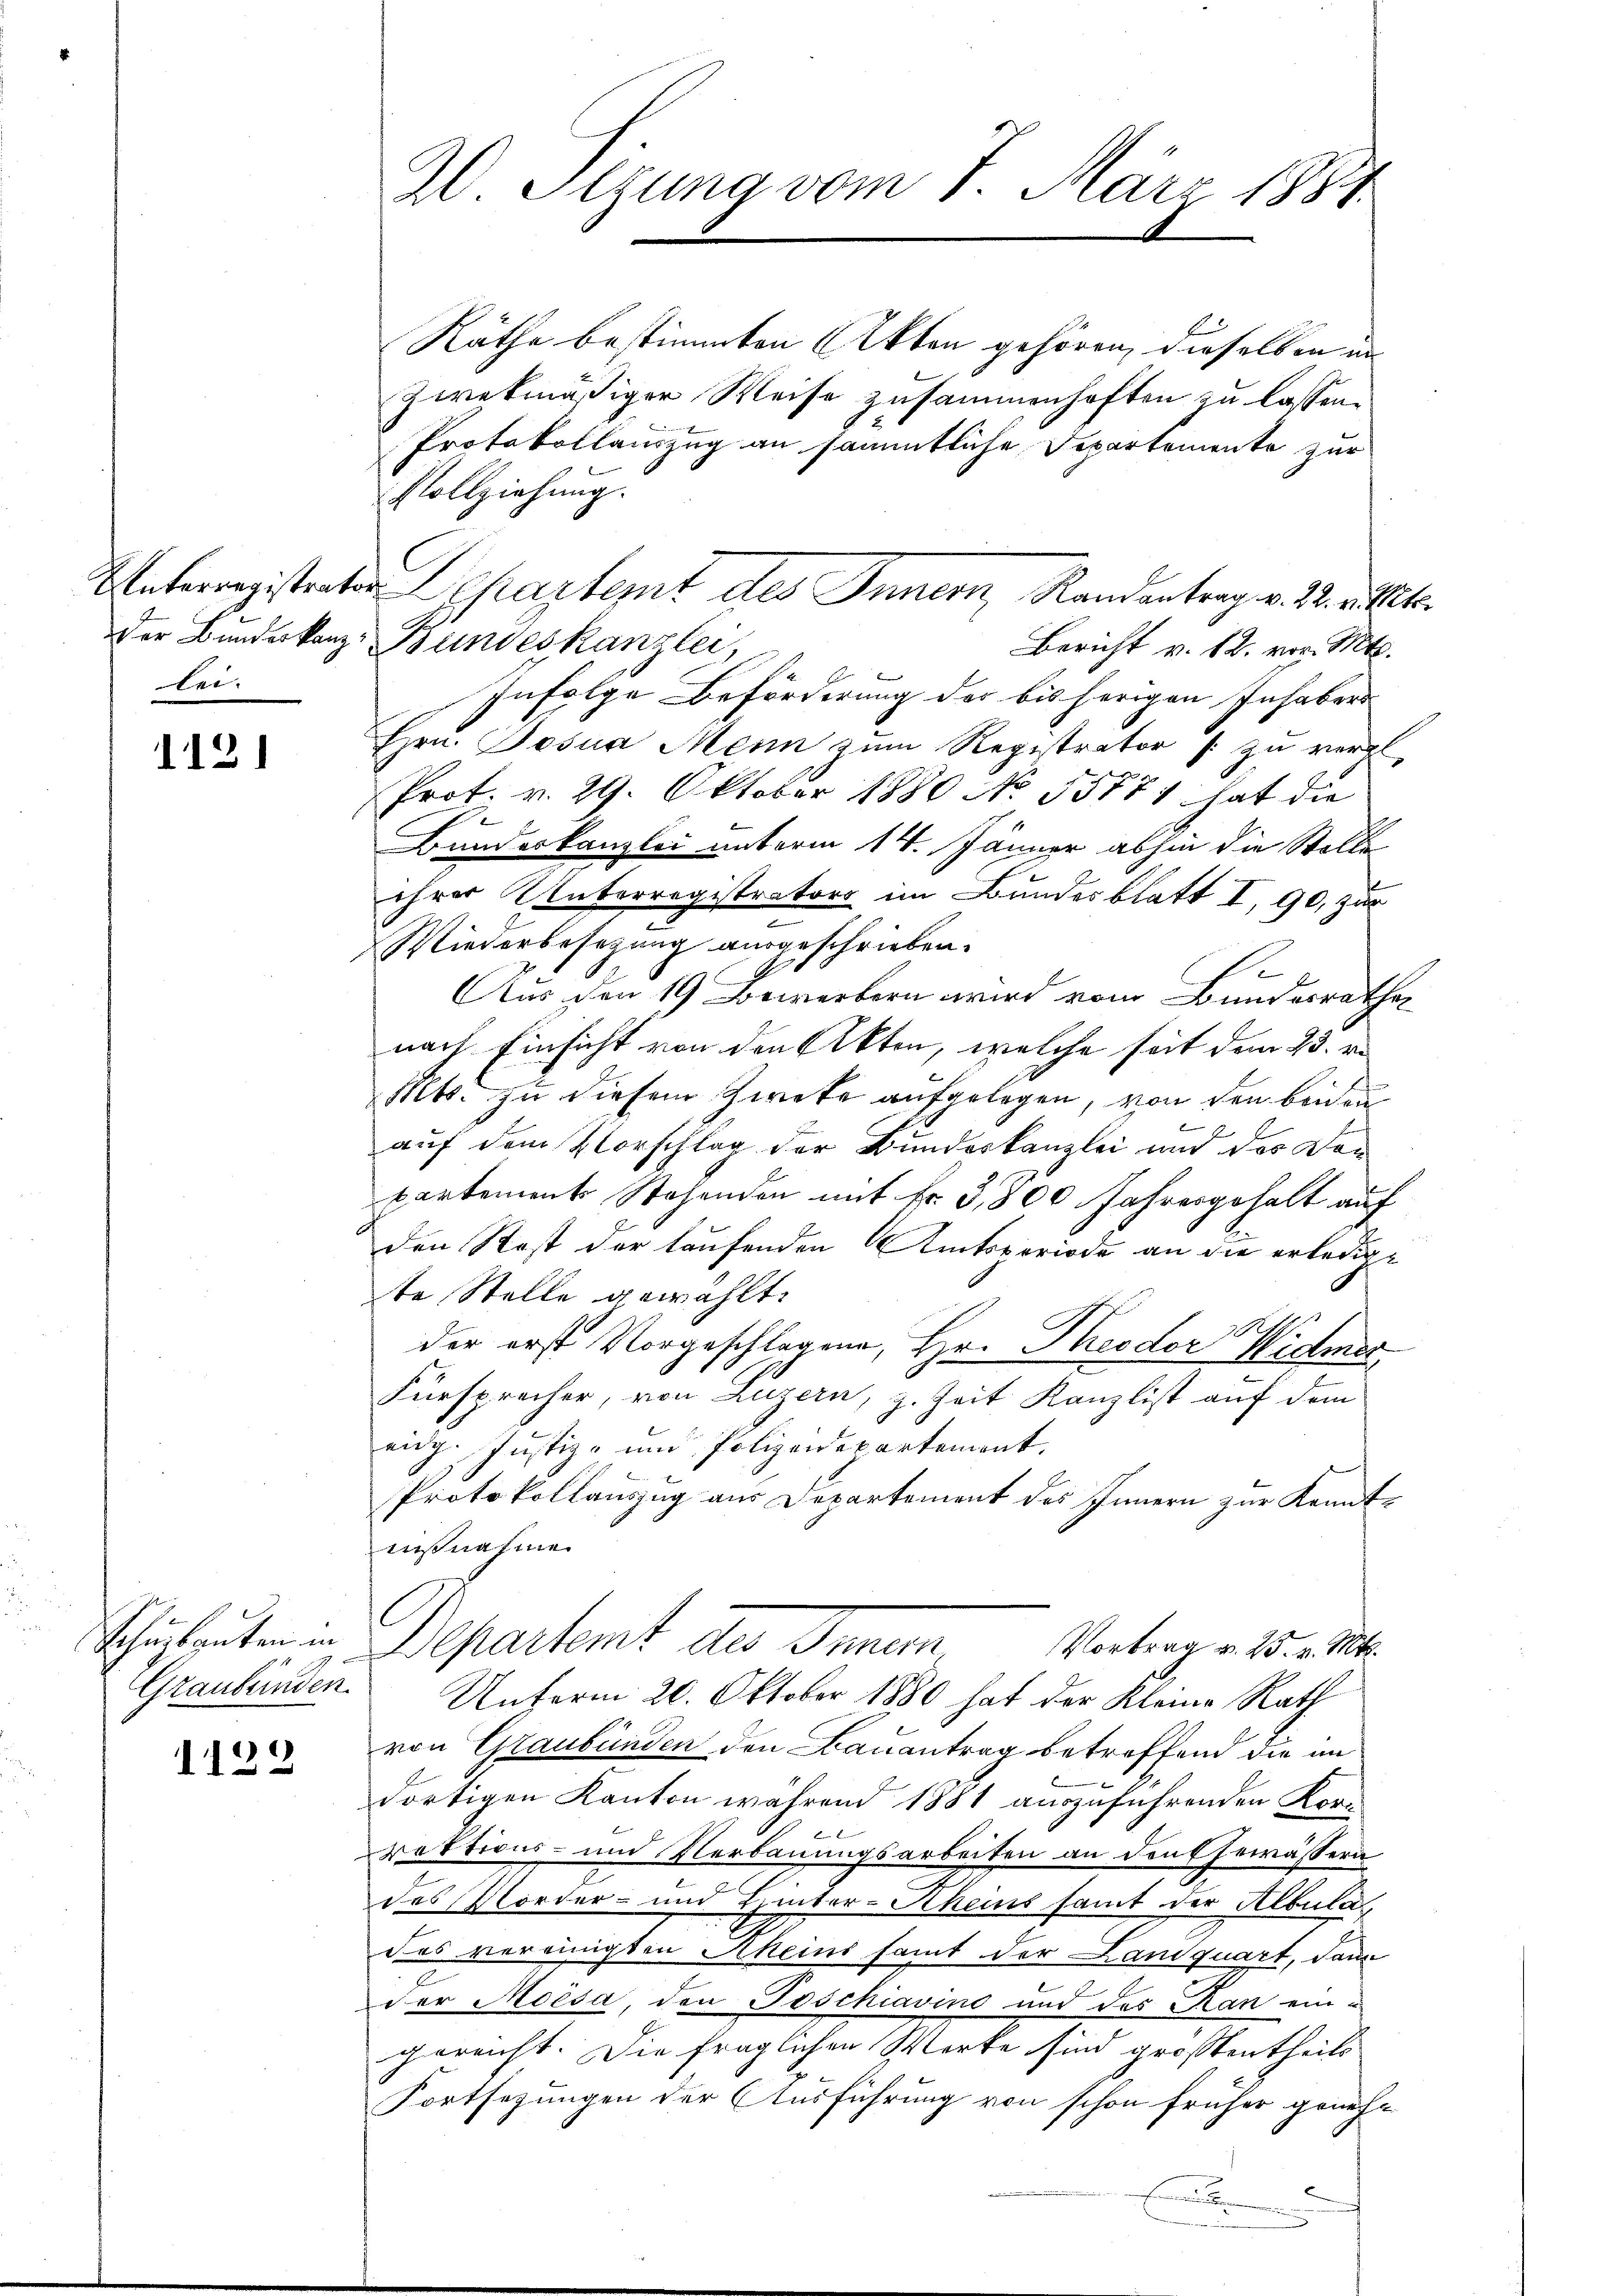
Unterregistrats
der Bundeskanzlei.

1121

Sohuzbauten in
Graubünden

1129

20. Sizung vom 7. März 1881.

Räthe bestimmten Akten gehören, dieselben an
zwekmäßiger Weise zusammenhaften zu lassen.
Protokollauszug an sämmtliche Departemente zur
Vollziehung.
Bundeskanzlei,
Bericht v. 12. vor. Mts.
Infolge Beförderung der bis herigen Inhabers
Hrn. Josua Mein zum Registrator /: zu vergl.
Prot. v. 29. Oktober 1880 No 55871 hat die
Bundeskanzlei unterm 14. Jänner abhin die Stelle
ihrer Unterregistrators im Bundesblatt I, 90, zur
Wiederbesezung ausgeschrieben.
e
Aus den 19 Bewerbern wird vom Bundesrathes
nach Einsicht von den Akten, welche seit dem 23. v.
Mts. zu diesem Zwete aufgelegen, von den beiden
auf dem Vorschlag der Bundeskanzlei und des Don
partements Stehenden mit Fr. 3,800 Jahresgehalt auf
den Rast der laufenden Amtsperiode an die erledige
te Stelle gewählt.
.
der erst Vorgeschlagene, Hr. Theodor Widmer
Fürsprecher, von Luzern, z. Zeit Kanzlist auf dem
eidg. Justiz- und Polizeidepartement.
Protokollauszug aus Departement des Innern zur Kenntausnahme.
Departent des Innum Vertrag v. 5. e
Unterm 20. Oktober 1880 hat der Kleine Rath
von Graubünden den Bauantrag betreffend die im
dortigen Kanton während 1881 auszuführenden Kor-
raktions- und Verbauungsarbeiten an denk gewässern
des Morder- und Hinter-Scheins samt der Albulat
das vereinigten Meins samt der Landquart, dann
Der Moisa den Poschiavino und des Kan ein u
gereicht. Die fraglichen Werke sind großentheils
Fortsezungen der Ausführung von schon früher geneh-
c
E

Departemit des Innern, Randantrag v. J. alte